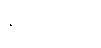
နပ္ပသီဒတိ